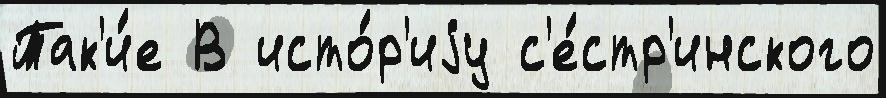
Так'и́е В исто́р'иjу с'е́стр'инского